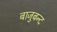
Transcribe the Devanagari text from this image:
बाजुबन्द